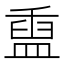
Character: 𬐬